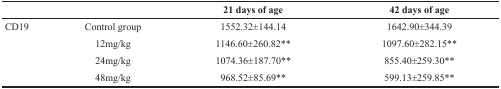
<table><thead><tr><td></td><td></td><td><b>21 days of age</b></td><td><b>42 days of age</b></td></tr></thead><tbody><tr><td>CD19</td><td>Control group</td><td>1552.32±144.14</td><td>1642.90±344.39</td></tr><tr><td></td><td>12mg/kg</td><td>1146.60±260.82**</td><td>1097.60±282.15**</td></tr><tr><td></td><td>24mg/kg</td><td>1074.36±187.70**</td><td>855.40±259.30**</td></tr><tr><td></td><td>48mg/kg</td><td>968.52±85.69**</td><td>599.13±259.85**</td></tr></tbody></table>